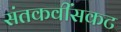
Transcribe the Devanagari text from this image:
संतकवींसकट